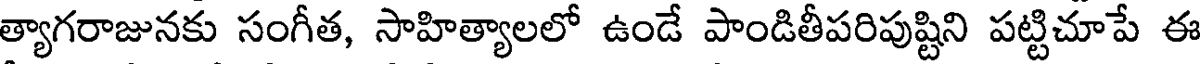
త్యాగరాజునకు సంగీత, సాహిత్యాలలో ఉండే పాండితీపరిపుష్టిని పట్టిచూపే ఈ